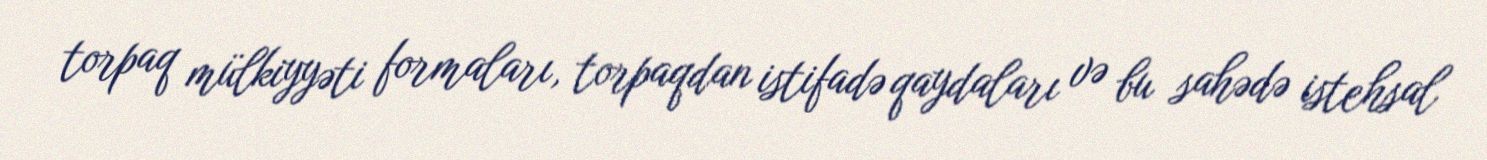
torpaq mülkiyyəti formaları, torpaqdan istifadə qaydaları və bu sahədə istehsal